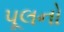
પૂલનો